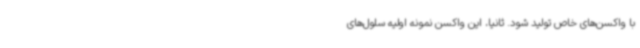
با واکسن‌های خاص تولید شود. ثانیا، این واکسن نمونه اولیه سلول‌های